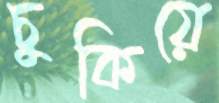
চুকিয়ে